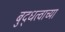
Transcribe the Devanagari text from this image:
बुद्धत्वाच्या